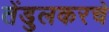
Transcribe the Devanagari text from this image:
तेंडुलकरचे